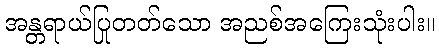
အန္တရာယ်ပြုတတ်သော အညစ်အကြေးသုံးပါး။